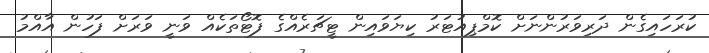
ކުރަހައިގެން ދަރިވަރުންނަށް ކޮމްޕިއުޓަރު ކިޔަވައިން ޓީޗަރެއްގެ ފޮޓޯތަކެއް ވަނީ ވަރަށް ފަހުން އާއްމު